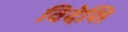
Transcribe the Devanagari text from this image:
विदेशि